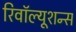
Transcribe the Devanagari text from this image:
रिवॉल्यूशन्स